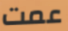
عمت